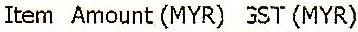
ITEM AMOUNT (MYR) GST(MYR)